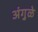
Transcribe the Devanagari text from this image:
अंगुळे